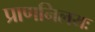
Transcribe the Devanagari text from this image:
प्राणनिलयः